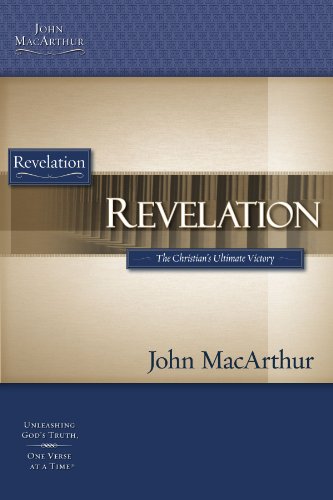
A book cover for Revelation (MacArthur Bible Studies); John F. MacArthur; Christian Books & Bibles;